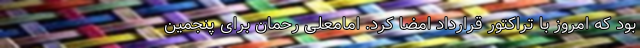
بود که امروز با تراکتور قرارداد امضا کرد. امامعلی رحمان برای پنجمین